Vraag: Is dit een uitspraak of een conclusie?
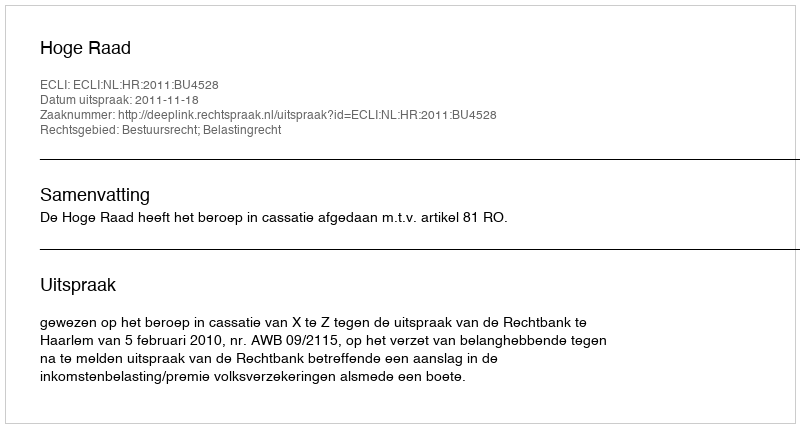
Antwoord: Uitspraak